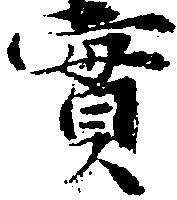
実